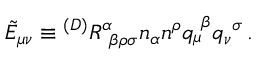
\tilde { E } _ { \mu \nu } \equiv { } ^ { ( D ) } R _ { ~ \beta \rho \sigma } ^ { \alpha } n _ { \alpha } n ^ { \rho } q _ { \mu } ^ { ~ \beta } q _ { \nu } ^ { ~ \sigma } \, .